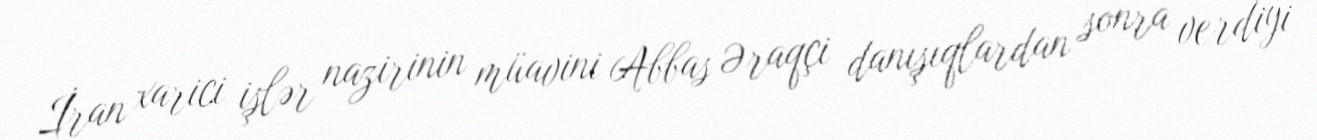
İran xarici işlər nazirinin müavini Abbas Əraqçi danışıqlardan sonra verdiyi